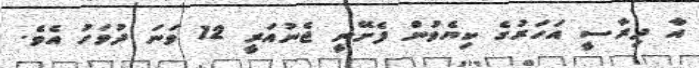
އާ ދިރާސީ އަހަރުގެ ކިޔެވުން ފެށޭނީ ޖެނުއަރީ 12 ވަނަ ދުވަހު އެވެ.